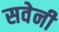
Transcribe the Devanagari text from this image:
सवेनी